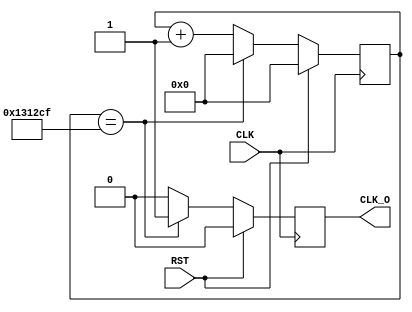
`timescale 1ns / 1ps
//////////////////////////////////////////////////////////////////////////////////
// Company: 
// Engineer: 
// 
// Design Name: 
// Module Name: CLKDIV_800
// Project Name: 
// Target Devices: 
// Tool Versions: 
// Description: 
// 
// Dependencies: 
// 
// Revision:
// Revision 0.01 - File Created
// Additional Comments:
// 
//////////////////////////////////////////////////////////////////////////////////


module CLKDIV_800(
    input CLK,
    input RST,
    output reg CLK_O
    );
    
    parameter cnt_max=1249999;//value to toggle the clock output
    reg [29:0] cnt=0;//current count 
    always @ (posedge CLK)begin
      if(RST) cnt<=0;
      else if (cnt==cnt_max) cnt<=0;
      else cnt<=cnt+1'b1;
    end
    
    always @ (posedge CLK)begin
        if(RST) CLK_O<=1'b0;
        else if (cnt==cnt_max) CLK_O<=1'b1;
        else CLK_O<=1'b0;
    end
endmodule